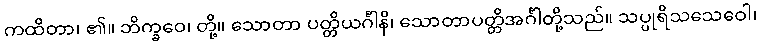
ကထိတာ၊ ၏။ ဘိက္ခဝေ၊ တို့။ သောတာ ပတ္တိယင်္ဂါနိ၊ သောတာပတ္တိအင်္ဂါတို့သည်။ သပ္ပုရိသသေဝေါ၊